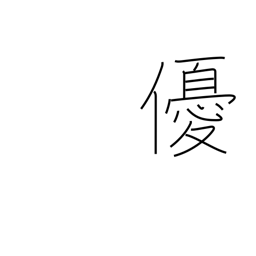
Meaning: actor